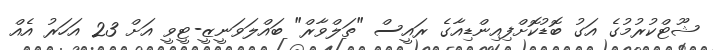
ޝޫޓްކުރުމުގެ އަގު ބޮޑުކޮށްްފިއިންޑިއާގެ ރައީސް "ތަލްވާރް" ބައްލަވަނީޒީ-ޓީވީ އަށް 23 އަހަރު އެއް